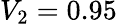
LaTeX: V_{2}=0.95